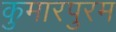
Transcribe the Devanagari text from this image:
कुमारपुरम